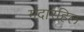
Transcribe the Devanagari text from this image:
मंदारहिल